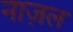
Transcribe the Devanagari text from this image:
नाज़ल